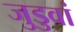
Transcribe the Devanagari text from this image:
जुडुवां